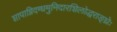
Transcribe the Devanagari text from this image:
शापाग्निदग्धमुनिदारशिलोद्धराङ्घ्रेः